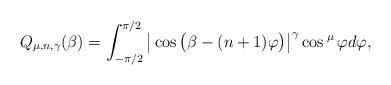
LaTeX: \begin{align*} Q_{\mu,n,\gamma}(\beta)=\int_{-\pi/2}^{\pi/2}\big |\cos \big ( \beta -(n+1)\varphi \big )\big |^\gamma \cos^{\;\mu}\varphi d\varphi ,\end{align*}